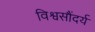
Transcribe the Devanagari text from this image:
विश्वसौंदर्य